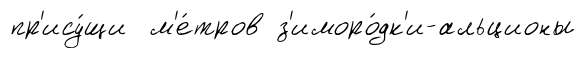
пр'ису́щи м'е́тров з'иморо́дк'и-альционы